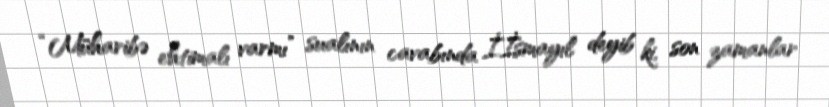
“Müharibə ehtimalı varmı” sualının cavabında İ.İsmayıl deyib ki, son zamanlar